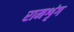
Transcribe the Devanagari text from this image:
रामशृंग